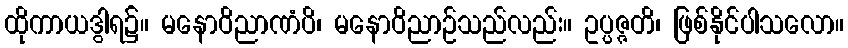
ထိုကာယဒွါရ၌။ မနောဝိညာဏံပိ၊ မနောဝိညာဉ်သည်လည်း။ ဥပ္ပဇ္ဇတိ၊ ဖြစ်နိုင်ပါသလော။